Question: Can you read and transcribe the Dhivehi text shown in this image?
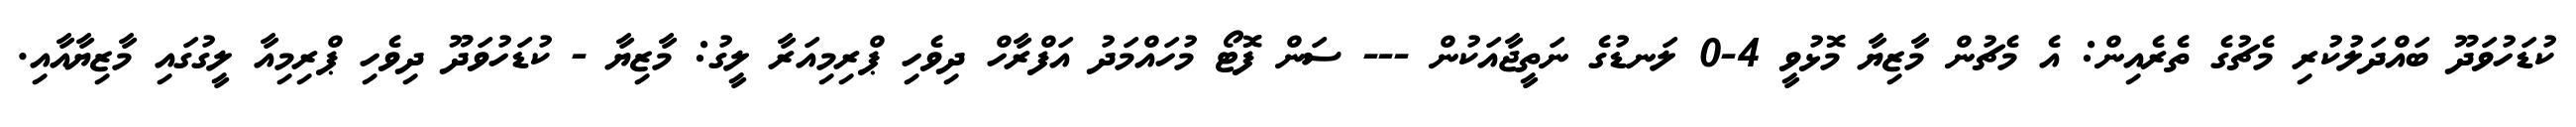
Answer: ކުޑަހުވަދޫ ބައްދަލުކުރި މެޗުގެ ތެރެއިން: އެ މެޗުން މާޒިޔާ މޮޅުވީ 4-0 ލަނޑުގެ ނަތީޖާއަކުން --- ސަން ފޮޓޯ މުހައްމަދު އަފްރާހް ދިވެހި ޕްރިމިއަރާ ލީގު: މާޒިޔާ - ކުޑަހުވަދޫ ދިވެހި ޕްރިމިއާ ލީގުގައި މާޒިޔާއާއި.